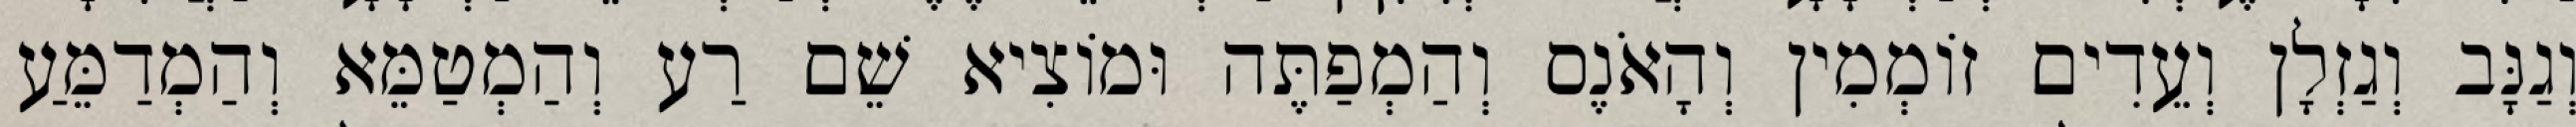
וְגַנָּב וְגַזְלָן וְעֵדִים זוֹמְמִין וְהָאֹנֶס וְהַמְפַתֶּה וּמוֹצִיא שֵׁם רַע וְהַמְטַמֵּא וְהַמְדַמֵּעַ